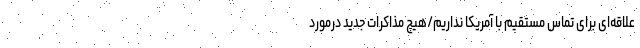
علاقه‌ای برای تماس مستقیم با آمریکا نداریم/هیچ مذاکرات جدید درمورد